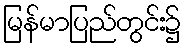
မြန်မာပြည်တွင်း၌